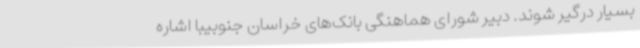
بسیار درگیر شوند. دبیر شورای هماهنگی بانک‌های خراسان جنوبیبا اشاره